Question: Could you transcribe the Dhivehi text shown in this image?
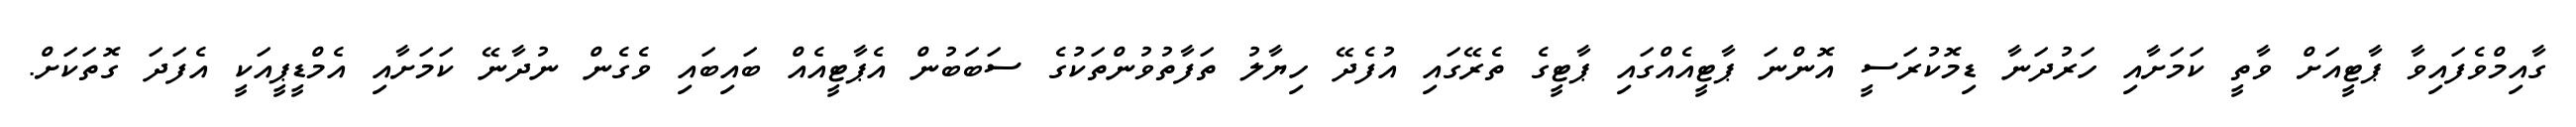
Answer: ގާއިމްވެފައިވާ ޕާޓީއަށް ވާތީ ކަމަށާއި ހަރުދަނާ ޑިމޮކުރަސީ އޮންނަ ޕާޓީއެއްގައި ޕާޓީގެ ތެރޭގައި އުފެދޭ ހިޔާލު ތަފާތުވުންތަކުގެ ސަބަބުން އެޕާޓީއެއް ބައިބައި ވެގެން ނުދާނޭ ކަމަށާއި އެމްޑީޕީއަކީ އެފަދަ ގޮތަކަށް.